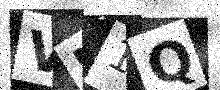
Text: VU1Q